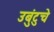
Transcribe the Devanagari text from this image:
उबुंटुचे